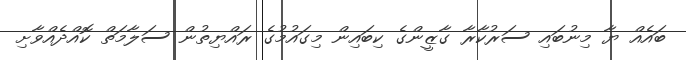
ބައެއް ޔާ މިނުބައި ސަރުކާރާ ގާޒީންގެ ކިބައިން މިގައުމުގެ ރައްޔިތުން ސަލާމަތް ކޮއްދެއްވާށި